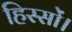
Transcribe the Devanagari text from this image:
हिस्सों।